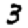
Digit: 3